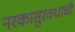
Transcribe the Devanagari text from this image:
नरकासुरवधाची